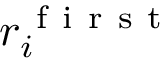
r _ { i } ^ { \mathrm { ~ f ~ i ~ r ~ s ~ t ~ } }